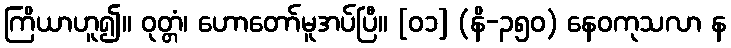
ကြိယာဟူ၍။ ဝုတ္တံ၊ ဟောတော်မူအပ်ပြီ။ [၀၁] (နိ-၃၅၀) နေဝကုသလာ န